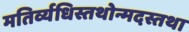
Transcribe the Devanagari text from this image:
मतिर्व्यधिस्तथोन्मदस्तथा